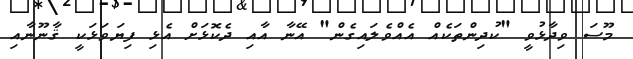
މޫސަ ވިދާޅުވީ "ކުދިންތަކެއް އެއްވެލައިގެން" އޭނާ އާއި ދެކޮޅަށް އެޅި ފިޔަވަޅަކީ ޤާނޫނާއި